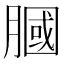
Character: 膕